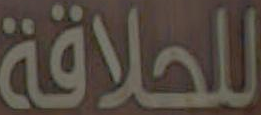
للحلاقة